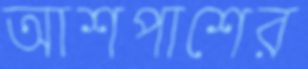
আশপাশের